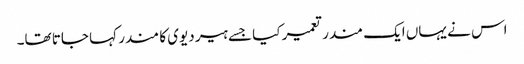
اس نے یہاں ایک مندر تعمیر کیا جسے ہیر دیوی کا مندر کہا جاتا تھا۔